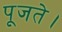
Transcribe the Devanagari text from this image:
पूजते।